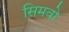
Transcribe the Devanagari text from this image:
सिमवो